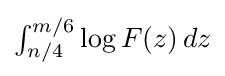
\textstyle \int _{n/4}^{m/6}\log F(z)\,dz